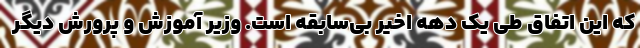
که این اتفاق طی یک دهه اخیر بی‌سابقه است. وزیر آموزش و پرورش دیگر